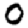
Digit: 0